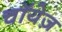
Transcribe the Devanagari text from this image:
चॉयेज़